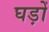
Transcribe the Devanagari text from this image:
घड़ोँ